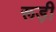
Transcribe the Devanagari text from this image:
रूड़ी